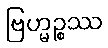
ဗြဟ္မဉ္စဿ